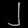
Digit: ၂